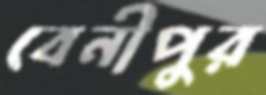
বেনীপুর